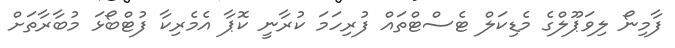
ފާމިނޯ ލިވަޕޫލްގެ މެޑިކަލް ޓެސްޓްތައް ފުރިހަމަ ކުރާނީ ކޮޕާ އެމެރިކާ ފުޓްބޯޅަ މުބާރާތަށް